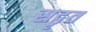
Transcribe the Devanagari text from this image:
सद्वृत